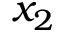
x _ { 2 }